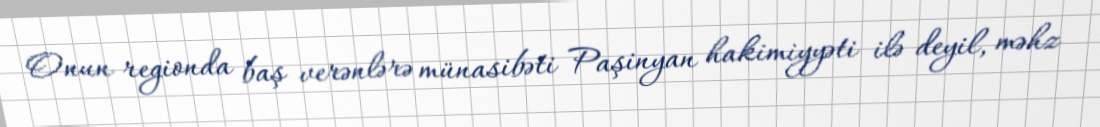
Onun regionda baş verənlərə münasibəti Paşinyan hakimiyyəti ilə deyil, məhz